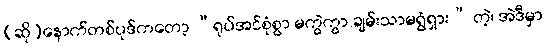
(ဆို)နောက်တစ်ပုဒ်ကတော့ “ရုပ်အင်စုံစွာ မကွဲကွာ ချမ်းသာမရွံရှား” တဲ့၊ အဲဒီမှာ